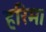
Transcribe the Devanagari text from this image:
हरिम।